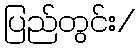
ပြည်တွင်း/